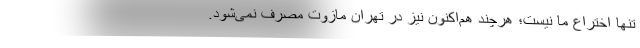
تنها اختراع ما نیست؛ هرچند هم‌اکنون نیز در تهران مازوت مصرف نمی‌شود.